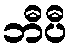
ဘီပီ